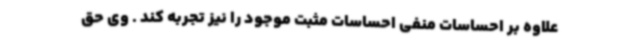
علاوه بر احساسات منفی احساسات مثبت موجود را نیز تجربه کند . وی حق